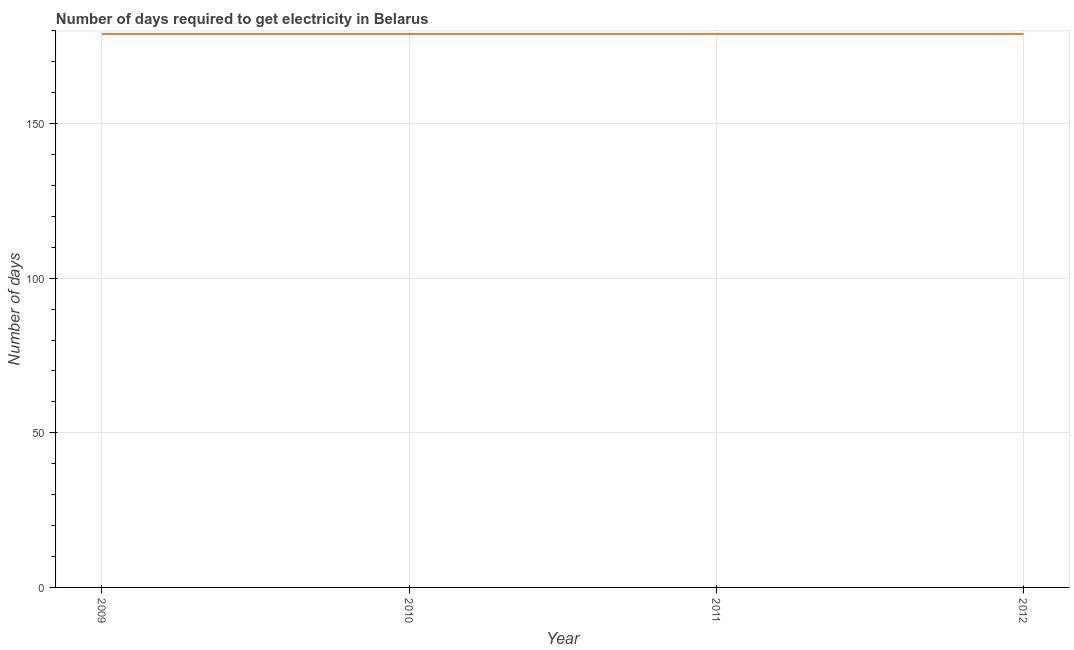
| Year | Time to get electricity |
 | --- | --- |
 | 2009 | 179 |
 | 2010 | 179 |
 | 2011 | 179 |
 | 2012 | 179 |